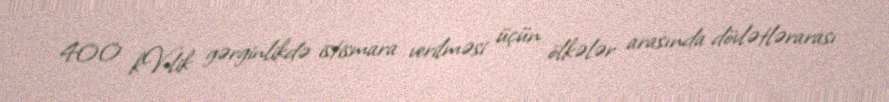
400 kV-lik gərginlikdə istismara verilməsi üçün ölkələr arasında dövlətlərarası